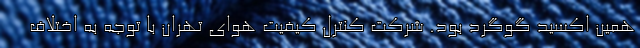
همین اکسید گوگرد بود. شرکت کنترل کیفیت هوای تهران با توجه به اختلاف